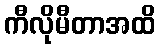
ကီလိုမီတာအထိ